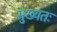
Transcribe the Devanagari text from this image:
मुख्यतः